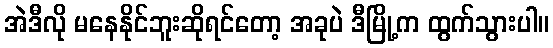
အဲဒီလို မနေနိုင်ဘူးဆိုရင်တော့ အခုပဲ ဒီမြို့က ထွက်သွားပါ။